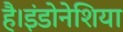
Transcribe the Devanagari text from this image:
है।इंडोनेशिया